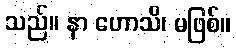
သည်။ နာ ဟောသိ၊ မဖြစ်။